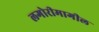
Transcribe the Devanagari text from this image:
लगोरीमागील